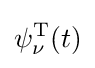
\psi _{\nu }^{\text{T}}(t)